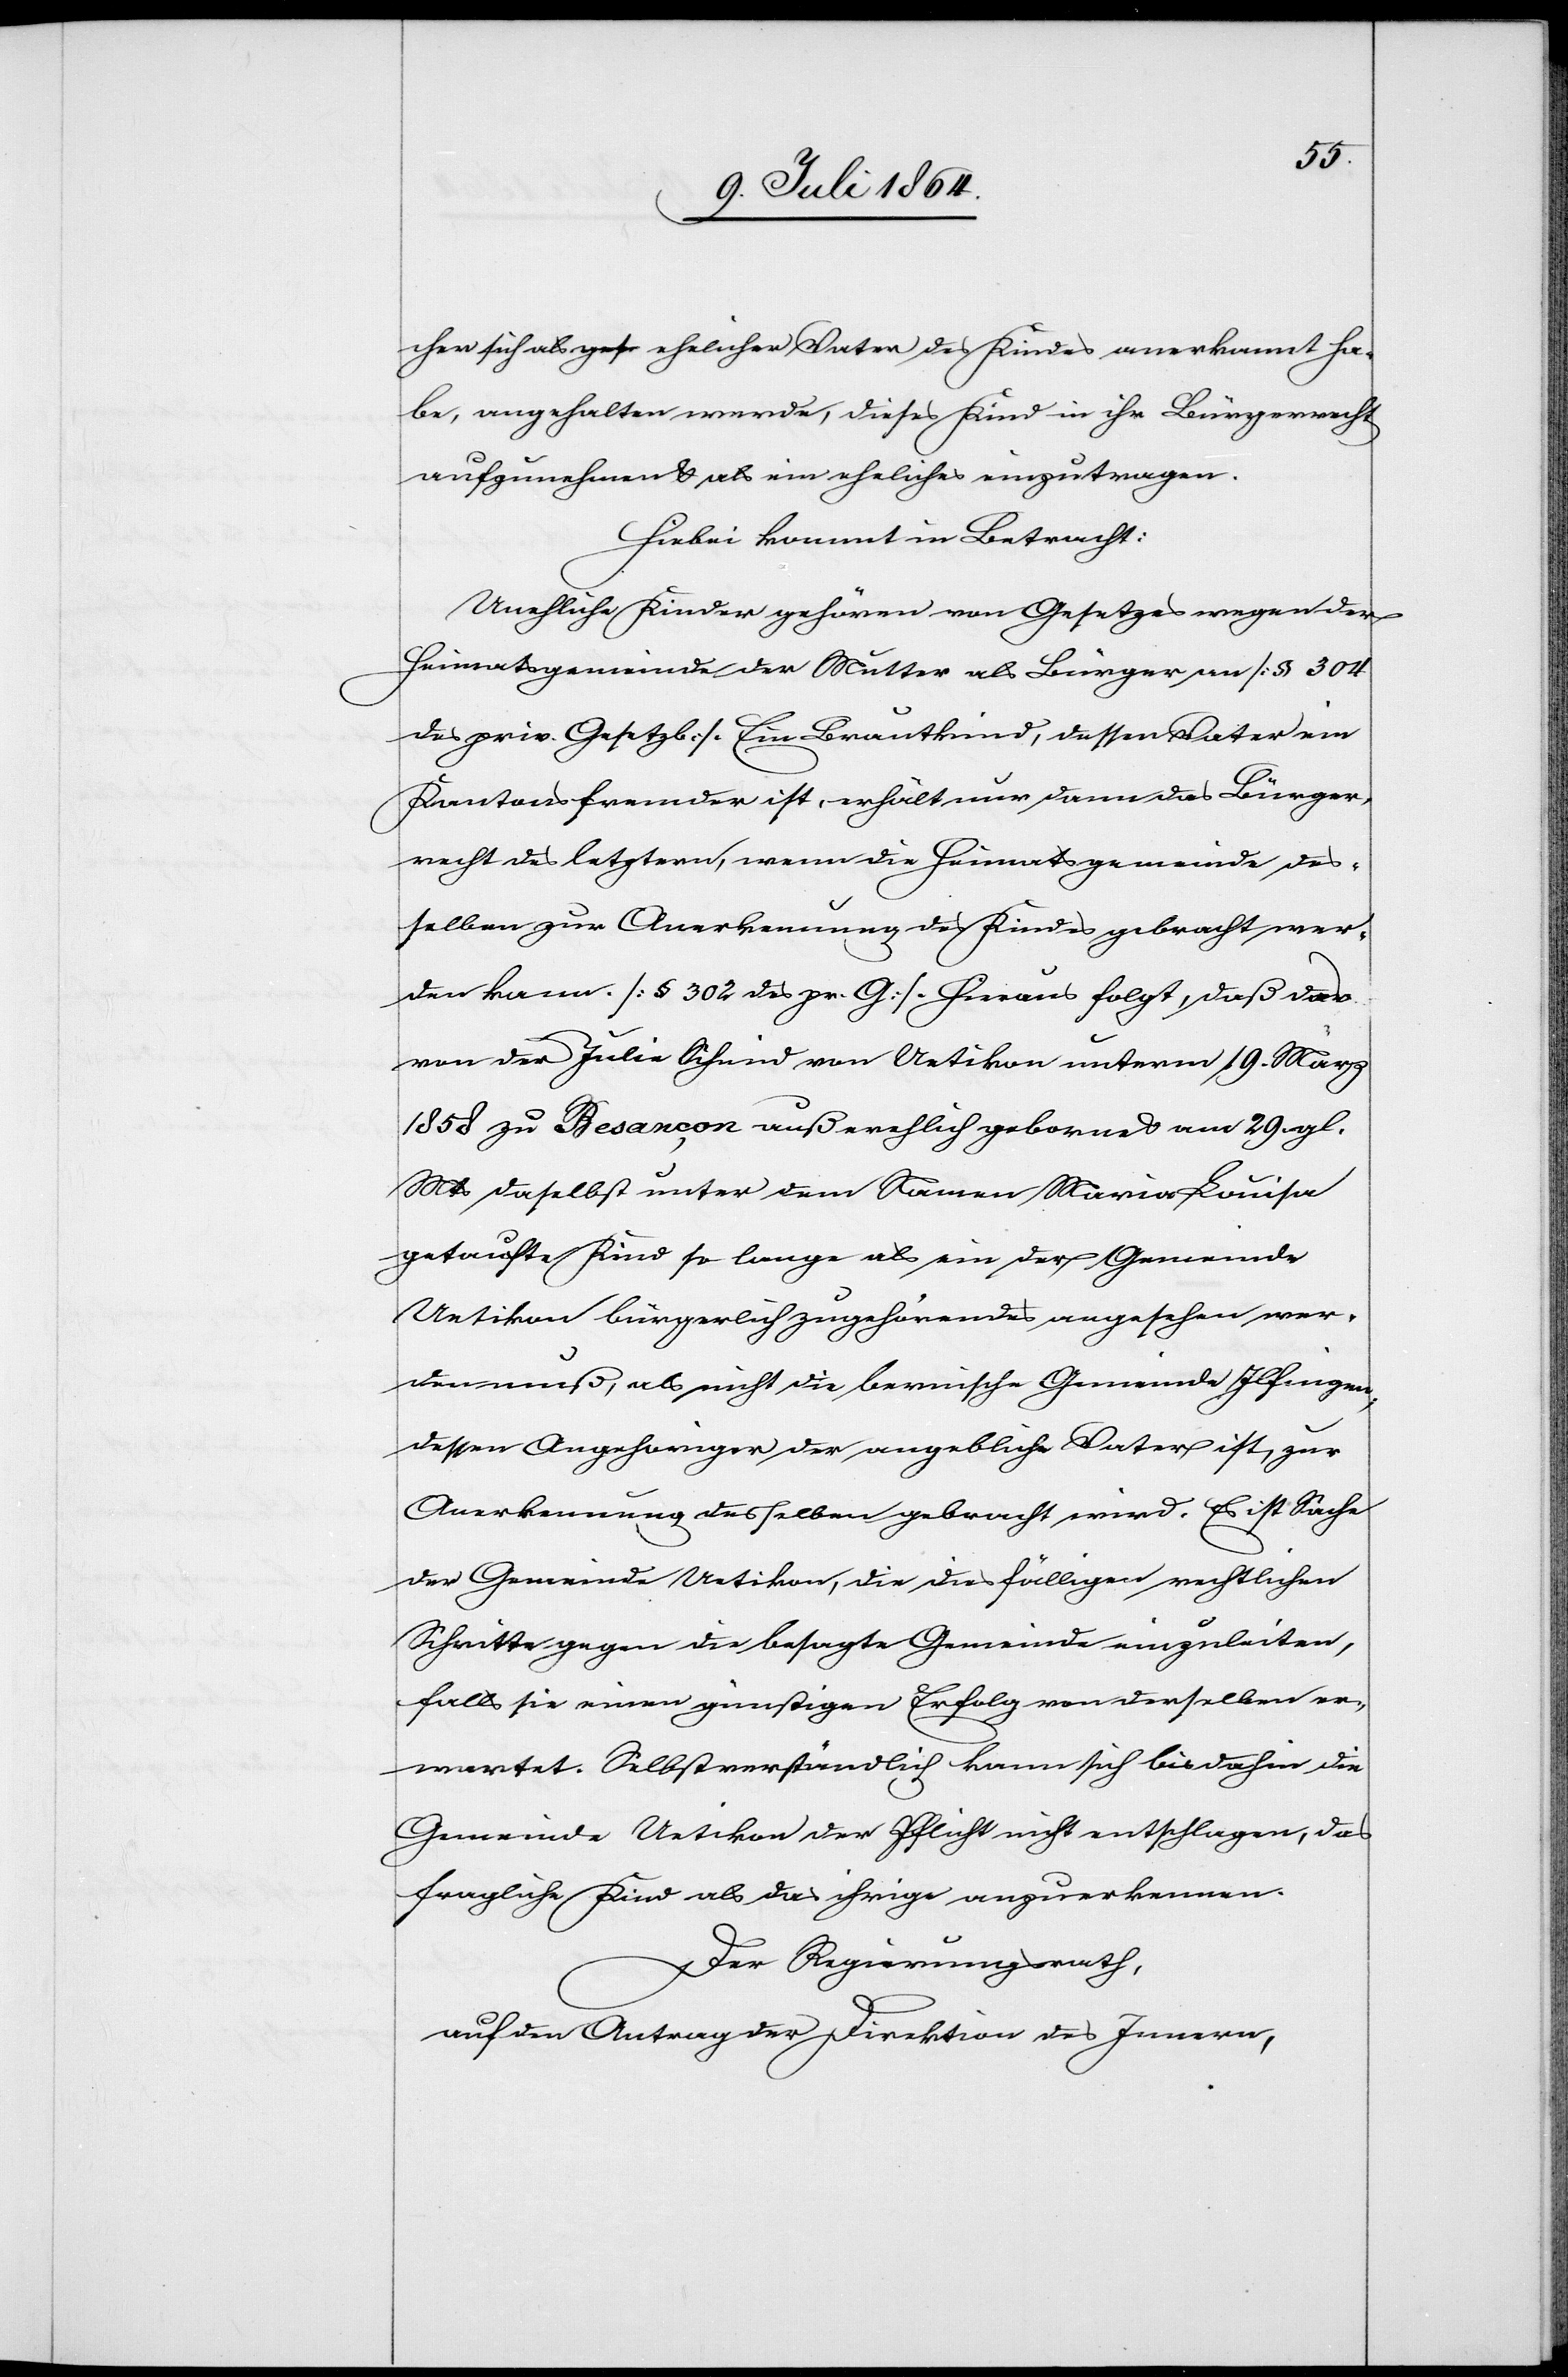
cher sich als ehelicher Vater des Kindes anerkannt ha¬
be, angehalten werde, dieses Kind in ihr Bürgerrecht
aufzunehmen u. als ein eheliches einzutragen.
Hiebei kommt in Betracht:
Uneheliche Kinder gehören von Gesetzes wegen der
Heimatsgemeinde der Mutter als Bürger an [§ 304
des priv. Gesetzb.]. Ein Brautkind, dessen Vater ein
Kantonsfremder ist, erhält nur dann das Bürger¬
recht des letztern, wenn die Heimatsgemeinde des¬
selben zur Anerkennung des Kindes gebracht wer¬
den kann. [§ 302 des pr. G.]. Hieraus folgt, daß das
von der Julie Schmid von Uetikon unterm 19. März
1858 zu Besançon außerehlich geborne u. am 29. gl.
Mts. daselbst unter dem Namen Maria Louise
getaufte Kind so lange als ein der Gemeinde
Uetikon bürgerlich zugehörendes angesehen wer¬
den muß, als nicht die bernische Gemeinde Ilfingen
dessen Angehoriger [sic!] der angebliche Vater ist, zur
Anerkennung desselben gebracht wird. Es ist Sache
der Gemeinde Uetikon, die diesfälligen rechtlichen
Schritte gegen die besagte Gemeinde einzuleiten,
falls sie einen günstigen Erfolg von derselben er¬
wartet. Selbstverständlich kann sich bis dahin die
Gemeinde Uetikon der Pflicht nicht entschlagen, das
fragliche Kinde als das ihrige anzuerkennen.
Der Regierungsrath,
auf den Antrag der Direktion des Innern,